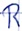
Text: R